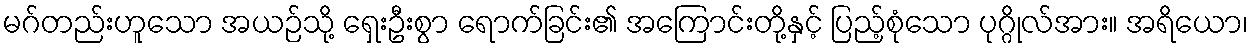
မဂ်တည်းဟူသော အယဉ်သို့ ရှေးဦးစွာ ရောက်ခြင်း၏ အကြောင်းတို့နှင့် ပြည့်စုံသော ပုဂ္ဂိုလ်အား။ အရိယော၊